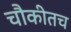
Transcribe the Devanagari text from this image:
चौकीतच